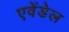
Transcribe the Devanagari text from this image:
एवेंडेल